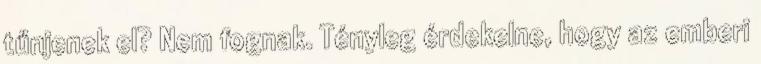
tűnjenek el? Nem fognak. Tényleg érdekelne, hogy az emberi